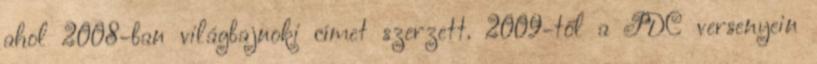
ahol 2008-ban világbajnoki címet szerzett. 2009-től a PDC versenyein